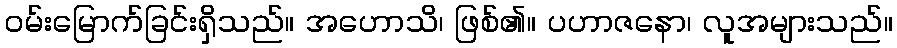
ဝမ်းမြောက်ခြင်းရှိသည်။ အဟောသိ၊ ဖြစ်၏။ ပဟာဇနော၊ လူအများသည်။